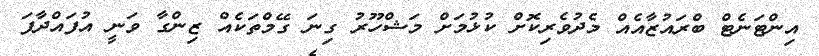
އިންޓަނެޓް ބްރައުޒާއެއް މެދުވެރިކޮށް ކުޅުމަށް މަޝްހޫރު ގިނަ ގޭމްތަކެއް ޒިންގާ ވަނީ އުފައްދާފަ